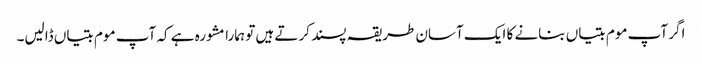
اگر آپ موم بتیاں بنانے کا ایک آسان طریقہ پسند کرتے ہیں تو ہمارا مشورہ ہے کہ آپ موم بتیاں ڈالیں۔